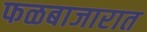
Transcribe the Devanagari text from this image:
फळबाजारात